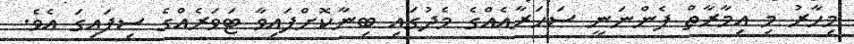
މިހާރު މި އިމާރާތް ފެންނަނީ ސަހަރާއެއްގެ މެދުގައި ބިނާކޮށްފައިވާ ޓަވަރެއްގެ ސިފައިގަ އެވެ.